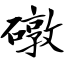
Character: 礅